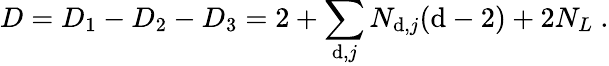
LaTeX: D=D_{1}-D_{2}-D_{3}=2+\sum_{\mathrm{d},j}N_{\mathrm{d},j}(\mathrm{d}-2)+2N_{L}\ .